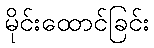
မိုင်းထောင်ခြင်း